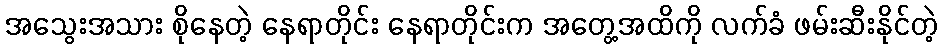
အသွေးအသား စိုနေတဲ့ နေရာတိုင်း နေရာတိုင်းက အတွေ့အထိကို လက်ခံ ဖမ်းဆီးနိုင်တဲ့